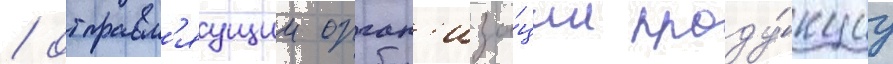
/ отправл'яущии орган'иза́ции проду́кциу